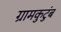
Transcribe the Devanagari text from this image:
ग्रामकुटुंब